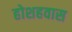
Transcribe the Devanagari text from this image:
होशहवास